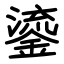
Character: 鎏